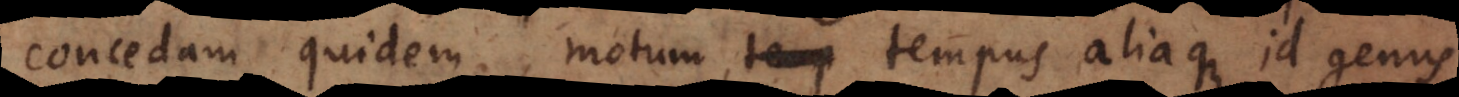
concedam quidem, motum, tempus aliaque id genus